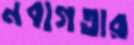
নবাগতার